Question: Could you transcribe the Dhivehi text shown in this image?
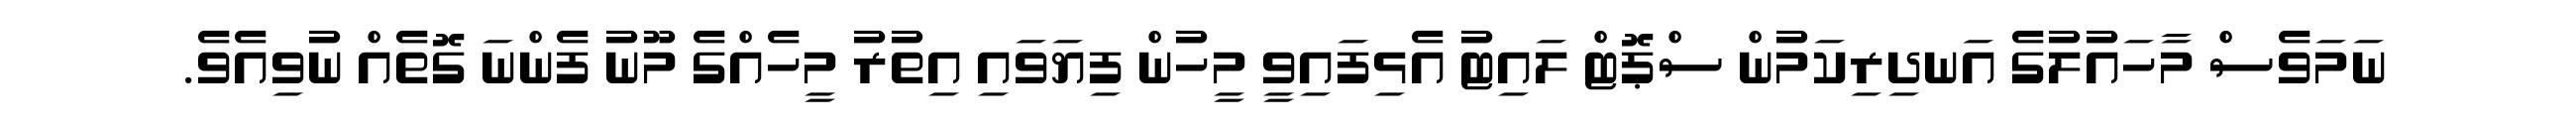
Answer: ނަމަވެސް މާހައުލުގެ އަނދިރިކަމުން ސްޕޮޓް ލައިޓު އެޅިފައިވީ މީހުން ފިޔަވައި އިތުރު މީހެއްގެ މޫނު ފެންނަ ގޮތެއް ނުވިއެވެ.